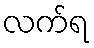
လက်ရ